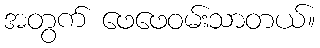
အတွက် ဖေဖေဝမ်းသာတယ်။